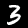
Label: 3